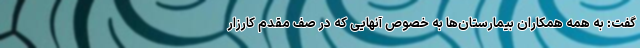
گفت: به همه همکاران بیمارستان‌ها به خصوص آنهایی که در صف مقدم کارزار